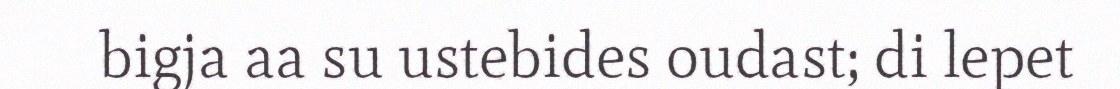
bigja aa su ustebides oudast; di lepet